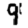
Digit: 9